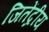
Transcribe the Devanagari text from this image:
जितेंद्रीय